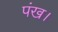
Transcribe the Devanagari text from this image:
पंख।